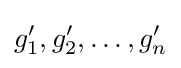
g'_{1},g'_{2},\dots ,g'_{n}